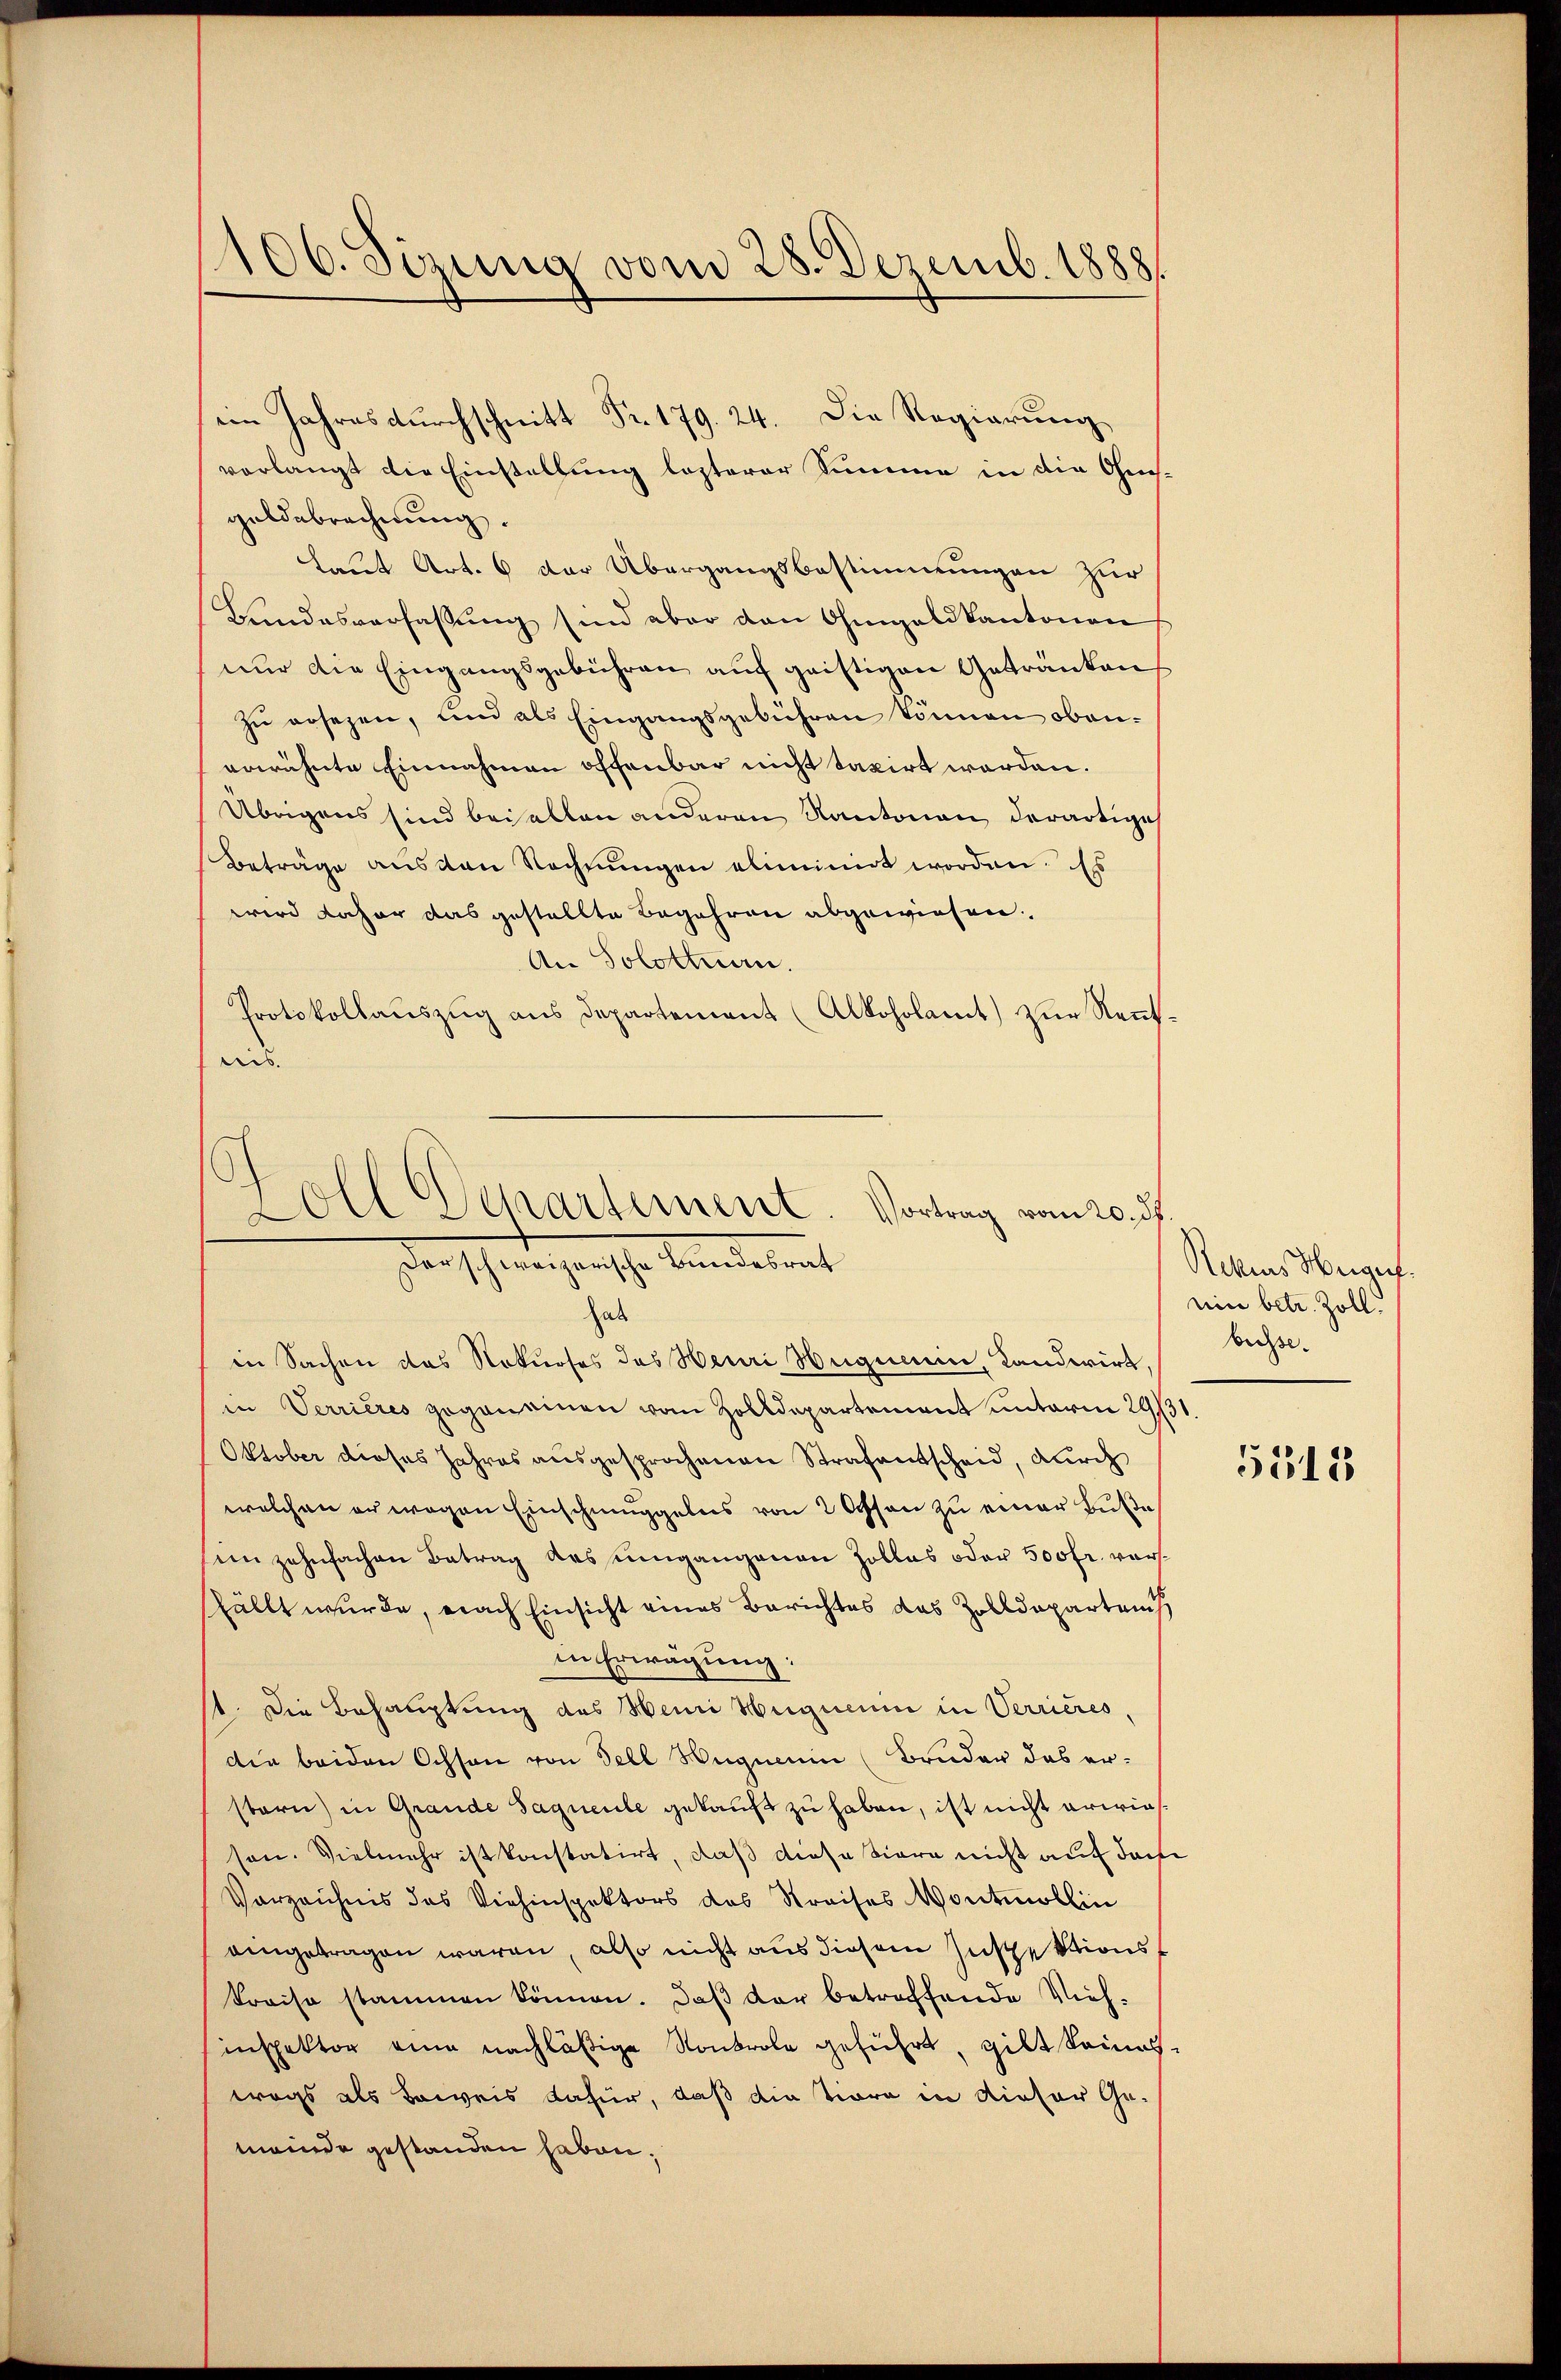
106. Sizung vom 28. Dezemb. 1888.

ein Jahres durchschnitt Fr. 179. 24. Die Regierung
verlangt die Einstellung lezterer Summe in die Gesgeldebrechnung.
Laut Art. 6 der Übergangsbestimmungen zur
Bundesverfassung sind aber den Ohmgeldkantonen
nur die Eingangsgebühren auf geistigen Getränkens
zu ersezen, und als Eingangsgebühren können obenerwähnte Einnahmen offenbar nicht taxirt worden.
Übrigens sind bei allen anderen Kantonen, derartige
Beträge aus den Rechnungen eliminirt worden. Es
wird daher das gestellte Begehren abgewiesen.
An Solothurn.
Protokollauszug aus Departement (Alkoholamt zur Kennttis.

s
Zoll Departement. Vortrag vom 20. ds.
darschweizerische Bundesrat

hab
in Sachen das Nokurses des Henri Hegneri, Landwirt,
in Verrieres gegeneinen vom Zolldepartement unterm 29/31
Oktober dieses Jahres ausgesprochenen Strafantscheid, durch
welchen er wegen Einschmuggelns von 2 Essen zu einer Buße
sein zehnfachen Betrag des umgangenen Zolles oder 500fr. vorfällt wurde, nach Einsicht eines Berichtes das Zolldeparteis
in Erwägung:
1. Die Behauptung des Hemi Hugicum in Verrieres,
die beiden Ochson von Fell Hugnenin (Bruder des ersbari) in Grande Saguente gekauft zu haben, ist nicht erwiesson. Vielmehr ist konstatirt, daß diese Viere nicht auf das
Vorzeichnis des Viehinspektors des Kreises Montmollin
aingetragen waren, also nicht aus diesem Inspektionskreise stammen können. Daß der betreffende Vieh-
inspektor eine nachläßige Kontrole geführt, gibt keineswegs als Beweis dafür, daß die Tiere in dieser Ge-
meinde gestanden haben.

Rekas Weiger.
eine betr. Zoll.
bechse.

5518